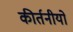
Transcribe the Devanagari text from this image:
कीर्तनीयो